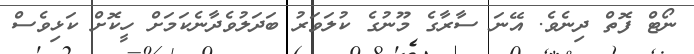
ނޯޓް ފޮތް ދިނެވެ. އޭނަ ސާރާގެ މޫނުގެ ކުލަވަރު ބަދަލުވެދާނެކަމަށް ހީކޮށް ކަޅިވެސް